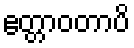
ဧတ္တာဝတာပိ